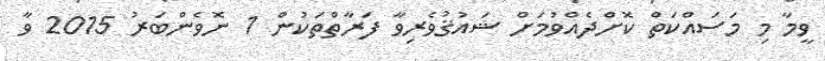
ވީމާ މި މަސައްކަތް ކޮށްދެއްވުމަށް ޝައުޤުވެރިވާ ފަރާތްތަކުން 1 ނޮވެންބަރު 2015 ވާ